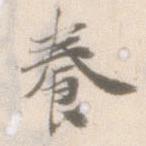
養